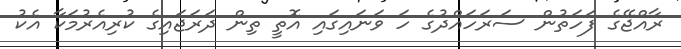
ރާއްޖޭގެ ފަހަތުން ސަރަހައްދުގެ ހަ ވަނައިގައި އޮތީ ތިން ދަރަޖައިގެ ކުރިއެރުމަކާ އެކު